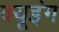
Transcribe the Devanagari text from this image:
क्यूइंग